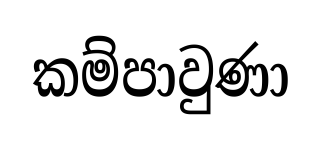
කම්පාවුණා